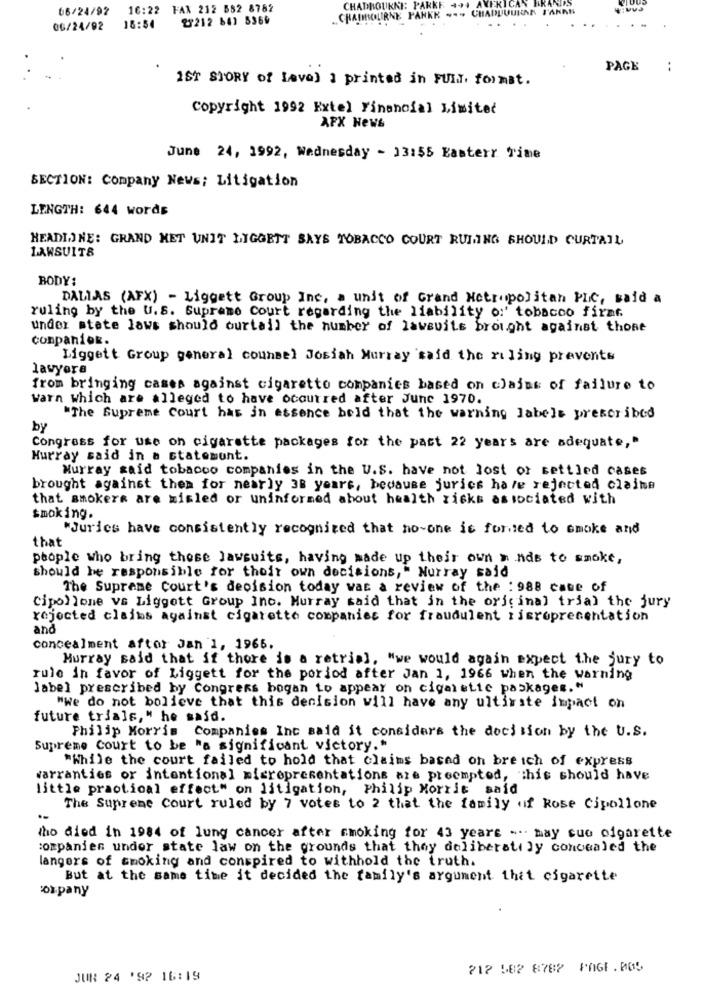
66/24/92
16:22 FAX 212 582 8782
CHADBOURNE: PAR
27212 641 5366
ANKK
06/24/92
18:54
PAGE
:
1ST STORY of Lave) a printed in FULL format.
Copyright 1992 Extel Financial Limited
AFX Hews
June 24, 1992, Wednesday - 13:55 Easterr Time
SECTION: Company News; Litigation
LENGTH: 644 words
HEADIONE: GRAND MET UNIT LIGGETT SAYS TOBACCO COURT RULING SHOULD CURTAIL
LAWSUITS
BODY:
DALLAS (AFX) - Liggett Group Inc. a unit of Grand Metropolitan PLC, said a
ruling by the U.S. Supreme Court regarding the liability o:' tobacco firar
under state laws should ourtail the number of lawsuits brought against those
conpaniek.
Liggett Group general counsel Josiah Murray 'said the ruling prevents
lawyera
from bringing cases against cigaretto companies based on chains of failure to
warn which are alleged to have occurred after June 1970.
"The Supreme Court has in essence beld that the warning labels prescribed
by
Congress for use on cigarette packages for the past 22 years are adequate,"
Hurray said in a statement.
Murray said tobacco companies in the U.S. have not lost or settled cases
brought against them for nearly 38 years, because juries have rejected claims
that smokers are misled or uninformed about health risks associated with
smoking.
"Juries have consistently recognized that no-one is forced to smoke and
that
people who bring these lawsuits, having made up their own » nds to smoke,
should be responsible for their own decisions," Nurray said
The Supreme Court's decision today was a review of the : 988 case of
Cipollone vs Liggott Group Inc. Murray said that in the original trial the jury
rejected claims against cigarette companies for fraudulent ricrepresentation
and
concealment aftor Jan 1, 1966.
Murray said that if there is a retrial, "we would again expect the jury to
rule in favor of Liggett for the poriod after Jan 1, 1966 when the warning
Jabel prescribed by Congress bogan to appear on cigarette paskages."
"We do not bolieve that this decision will have any ultirste impact on
future trials," he said.
Philip Morris Companies Inc said it considers the decision by the U.s.
Supreme Court to be "a significant victory."
"While the court failed to hold that claims based on bre ich of express
warranties or intentional micropresentations are preemptod, "this should have
little practical effect" on litigation, Philip Morris said
The Supreme Court ruled by 7 votes to 2 that the family of Rose Cipollone
who died in 1984 of lung cancer after smoking for 43 years ... may cuo cigarette
:ompanien under state law on the grounds that they deliberately concealed the
langers of smoking and conspired to withhold the truth.
But at the same time it decided the family's argument thit cigarette
cox-pany
212 582 8782 PAGE.005
JUN 24 '92 16:19